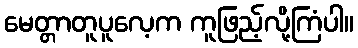
မေတ္တာတူပူလေ့က ကူဖြည့်လို့ကြံပါ။